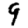
Digit: 9